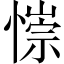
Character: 𢠄